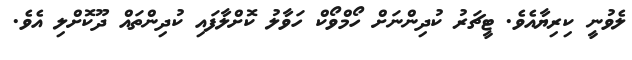
ލެވުނީ ކިރިޔާއެވެ. ޓީޗަރު ކުދިންނަށް ހޯމްވޯކް ހަވާލު ކޮށްލާފައި ކުދިންތައް ދޫކޮށްލި އެވެ.